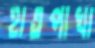
হাতপাখা